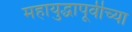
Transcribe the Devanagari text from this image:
महायुद्धापूर्वीच्या